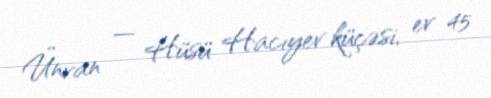
Ünvan — Hüsü Hacıyev küçəsi, ev 45